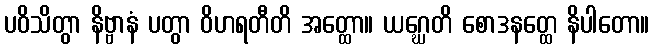
ပဝိသိတွာ နိဗ္ဗာနံ ပတွာ ဝိဟရတီတိ အတ္ထော။ ယဂ္ဃေတိ စောဒနတ္ထေ နိပါတော။